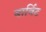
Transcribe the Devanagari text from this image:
बार्बिट